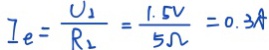
I _ { e } = \frac { U _ { 2 } } { R _ { 2 } } = \frac { 1 . 5 V } { 5 \Omega } = 0 . 3 A